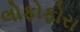
લોફોફોરા